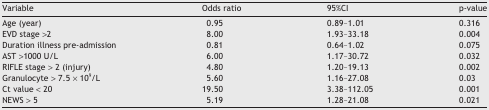
| Variable | Odds ratio | 95%CI | p-value |
 | --- | --- | --- | --- |
 | Age (year) | 0.95 | 0.89–1.01 | 0.316 |
 | EVD stage >2 | 8.00 | 1.93–33.18 | 0.004 |
 | Duration illness pre-admission | 0.81 | 0.64–1.02 | 0.075 |
 | AST >1000 U/L | 6.00 | 1.17–30.72 | 0.032 |
 | RIFLE stage > 2 (injury) | 4.80 | 1.20–19.13 | 0.002 |
 | Granulocyte > 7.5 × 109/L | 5.60 | 1.16–27.08 | 0.03 |
 | Ct value < 20 | 19.50 | 3.38–112.05 | 0.001 |
 | NEWS > 5 | 5.19 | 1.28–21.08 | 0.021 |